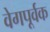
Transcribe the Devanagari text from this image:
वेगपूर्वक